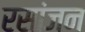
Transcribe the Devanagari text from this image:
रसांजन